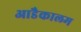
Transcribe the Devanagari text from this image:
आडैकालम